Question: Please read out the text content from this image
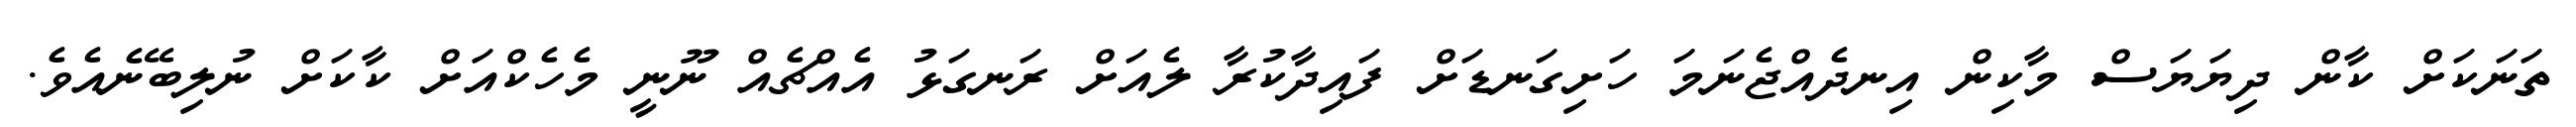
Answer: ތަނަކަށް ކާން ދިޔަޔަސް މާކިން އިނދެއްޖެނަމަ ހަށިގަނޑަށް ފައިދާކުރާ ލެއަށް ރަނގަޅު އެއްޗެއް ނޫނީ މެހެކްއަށް ކާކަށް ނުލިބޭނެއެވެ.